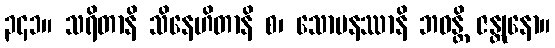
၃၄၁။ သရိတာနိ သိနေဟိတာနိ စ၊ သောမနဿာနိ ဘဝန္တိ ဇန္တုနော။